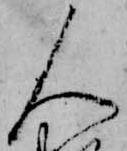
人